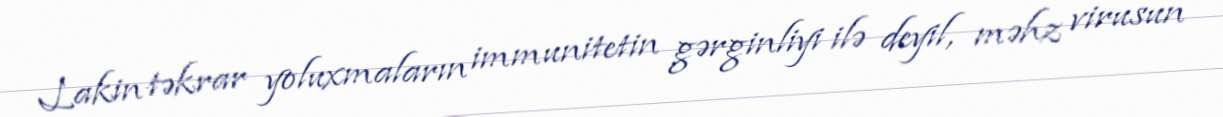
Lakin təkrar yoluxmaların immunitetin gərginliyi ilə deyil, məhz virusun